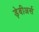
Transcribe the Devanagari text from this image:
ड़ेबीअर्स